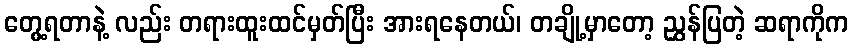
တွေ့ရတာနဲ့ လည်း တရားထူးထင်မှတ်ပြီး အားရနေတယ်၊ တချို့မှာတော့ ညွှန်ပြတဲ့ ဆရာကိုက